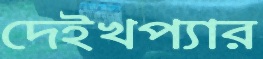
দেইখপ্যার